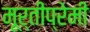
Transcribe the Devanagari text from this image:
मूर्तीप्रेमी